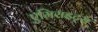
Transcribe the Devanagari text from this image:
एमिराइट्स